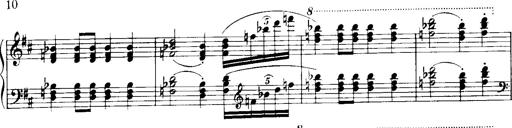
Title: Historische ungarische Bildnisse
Composer: Franz Liszt